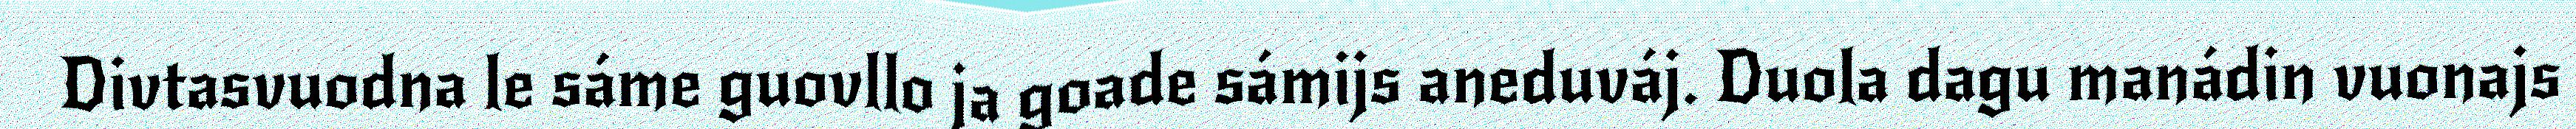
Divtasvuodna le sáme guovllo ja goade sámijs aneduváj. Duola dagu manádin vuonajs